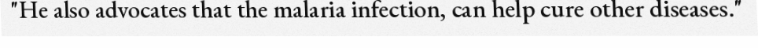
"He also advocates that the malaria infection, can help cure other diseases."